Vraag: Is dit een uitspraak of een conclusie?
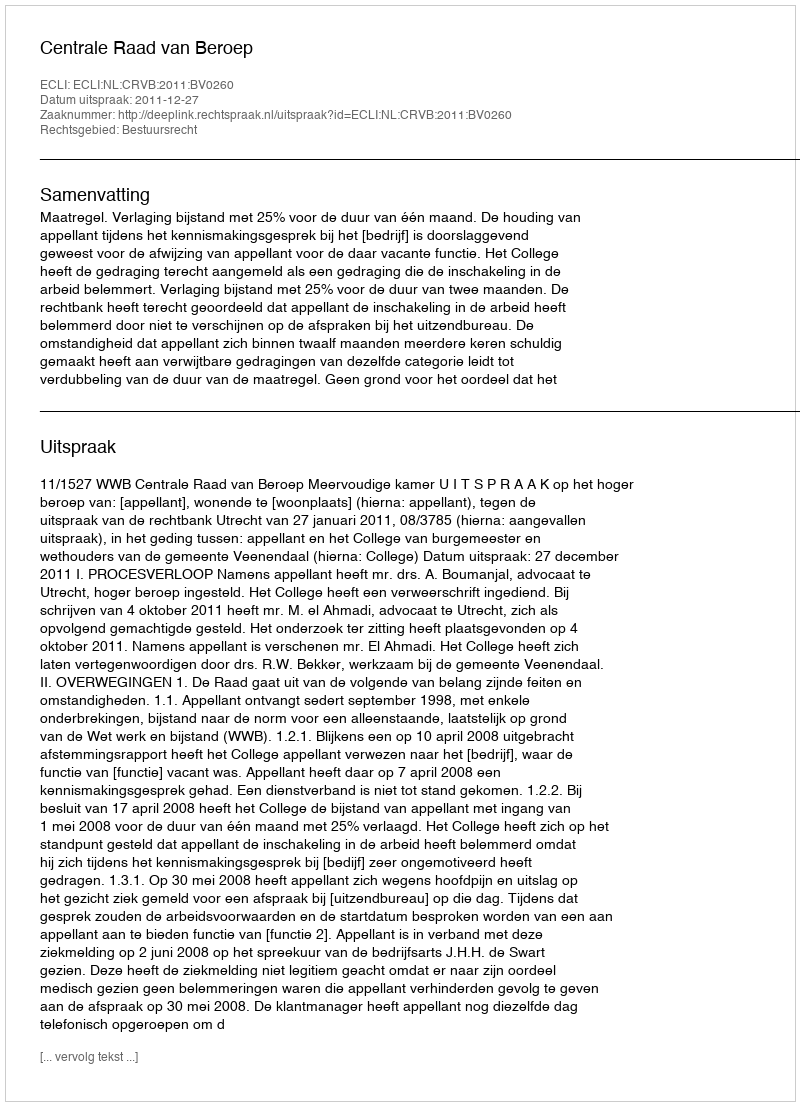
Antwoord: Uitspraak